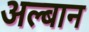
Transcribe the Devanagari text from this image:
अल्बान